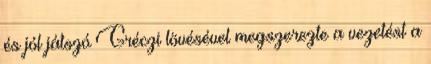
és jól játszó Gréczi lövésével megszerezte a vezetést a